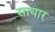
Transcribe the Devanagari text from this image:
सायार